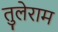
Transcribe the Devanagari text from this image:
तुलेराम